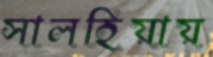
সালহিয়ায়